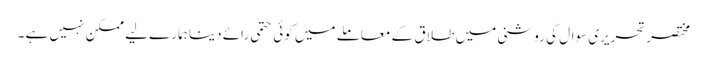
مختصرتحریری سوال کی روشنی میں طلاق کے معاملے میں کوئی حتمی رائے دینا ہمارے لیے ممکن نہیں ہے ۔